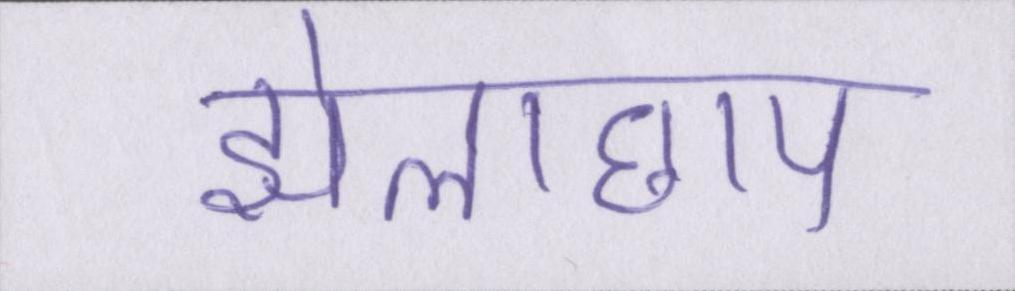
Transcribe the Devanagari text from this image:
झोलाछाप